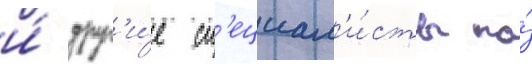
и́ друг'и́е сп'ециал'и́сты по́